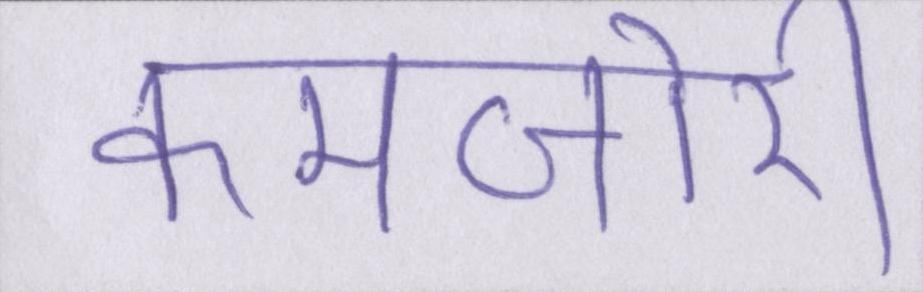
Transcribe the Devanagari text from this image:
कमजोरी